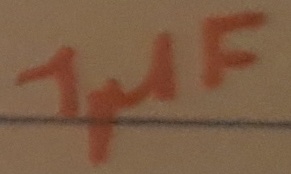
Text: 1µF